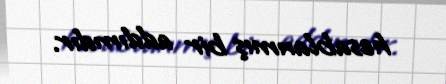
hesablanmış bir addımdır.